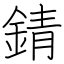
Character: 錆